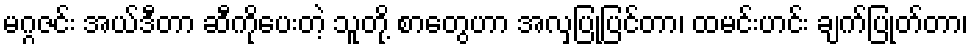
မဂ္ဂဇင်း အယ်ဒီတာ ဆီကိုပေးတဲ့ သူတို့ စာတွေဟာ အလှပြုပြင်တာ၊ ထမင်းဟင်း ချက်ပြုတ်တာ၊